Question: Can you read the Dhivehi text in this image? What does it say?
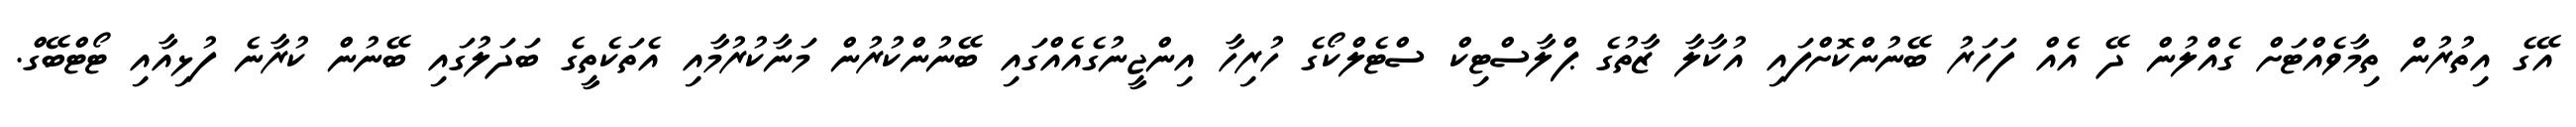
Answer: އޭގެ އިތުރުން ތިމާވެއްޓަށް ގެއްލުން ދޭ އެއް ފަހަރު ބޭނުންކޮށްފައި އުކާލާ ޒާތުގެ ޕްލާސްޓިކް ސްޓެލްކޯގެ ހުރިހާ އިންޖީނުގެއެއްގައި ބޭނުންކުރުން މަނާކުރުމާއި އެތަކެތީގެ ބަދަލުގައި ބޭނުން ކުރާނެ ފުޅިއާއި ޓޯޓްބޭގް.